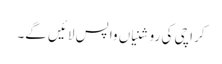
کراچی کی روشنیاں واپس لائیں گے۔